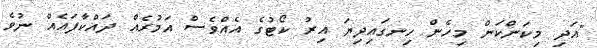
"އަދި މިކަންކަން މިހެން ހިނގައިދިޔަ އިރު ކޯޓުގެ އެއްވެސް އަމުރެއް ދައްކާފައެއް ނުވެ